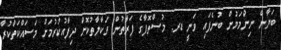
ބަޔާން ނިންމަމުން ބުނެފައި ވަނީ ޑރ. މުސްތޮފާގެ ފަރާތުން ވަކާލާތުކޮށް ދިފާއުކުރުމަށް މަސައްކަތްކުރާ